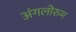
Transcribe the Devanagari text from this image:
अंगलोरुम